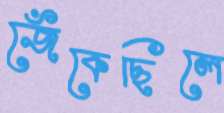
জেঁকেছিলে